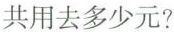
共用去多少元?